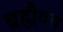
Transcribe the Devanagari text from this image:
ब्रह्मैक्य